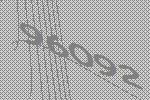
96092